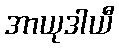
အာယုဒါယီ